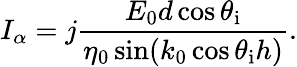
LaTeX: I_{\alpha}=j\frac{E_{0}d\cos\theta_{\mathrm{i}}}{\eta_{0}\sin(k_{0}\cos\theta_{\mathrm{i}}h)}.